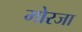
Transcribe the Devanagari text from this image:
मोरजा